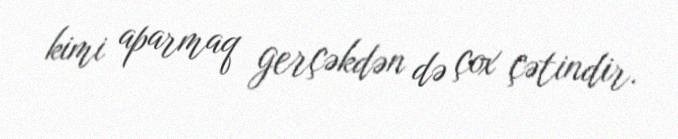
kimi aparmaq gerçəkdən də çox çətindir.